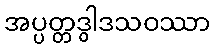
အပ္ပတ္တဒွါဒသဝဿာ